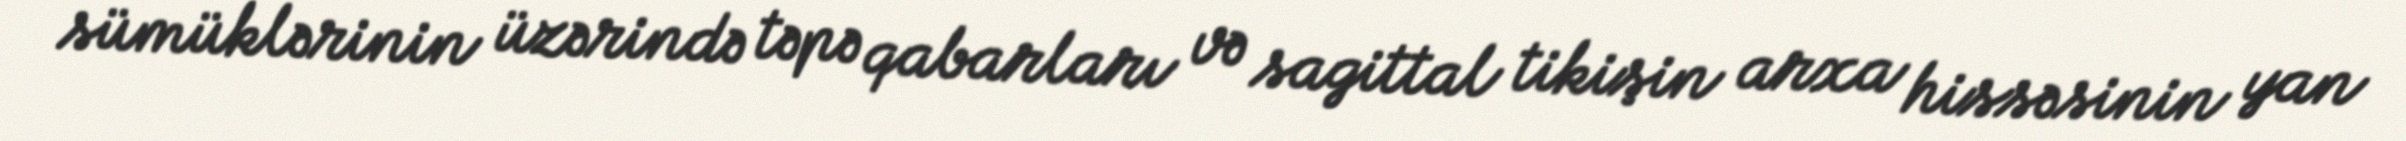
sümüklərinin üzərində təpə qabarları və sagittal tikişin arxa hissəsinin yan